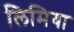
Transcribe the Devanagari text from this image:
लिमिया